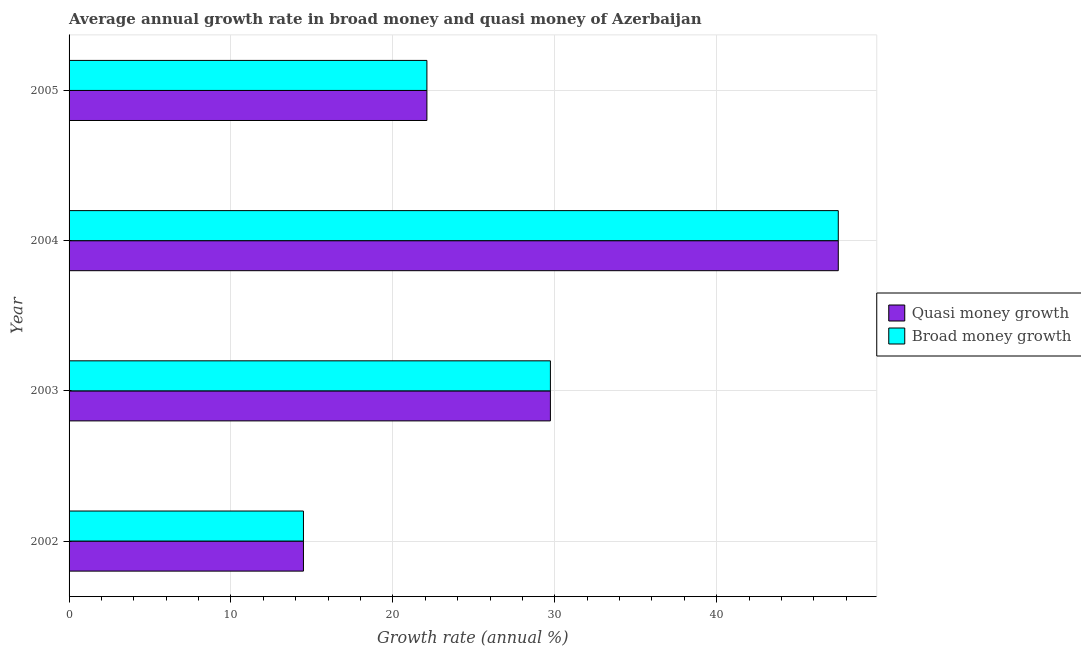
| Year | Quasi money growth | Broad money growth |
 | --- | --- | --- |
 | 2002 | 14.5 | 14.5 |
 | 2003 | 29.7 | 29.7 |
 | 2004 | 47.5 | 47.5 |
 | 2005 | 22.1 | 22.1 |